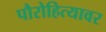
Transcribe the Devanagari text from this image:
पौरोहित्यावर